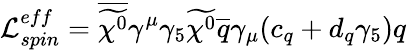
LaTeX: \mathcal{L}_{spin}^{eff}=\overline{{{\widetilde{\chi^{0}}}}}\gamma^{\mu}\gamma_{5}\widetilde{\chi^{0}}\overline{{{q}}}\gamma_{\mu}(c_{q}+d_{q}\gamma_{5})q